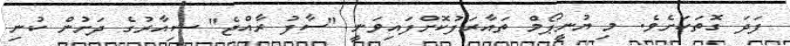
ފަދަ ގޮތަކަށެވެ. މި ޔުނީޕޯމް ތައާރަފުކޮށްފައިވަނީ "ސާފު ރާއްޖެ" ޝިއާރުގެ ދަށުން ކުނި